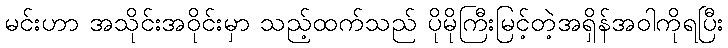
မင်းဟာ အသိုင်းအဝိုင်းမှာ သည့်ထက်သည် ပိုမိုကြီးမြင့်တဲ့အရှိန်အဝါကိုရပြီး